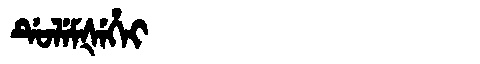
Manchu: ᡩᡠᠯᡝᠮᡧᡝᡥᡝᡳ
Romanization: DULEMŠEHEI